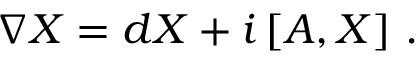
\nabla X = d X + i \left[ { \cal A } , X \right] \, .